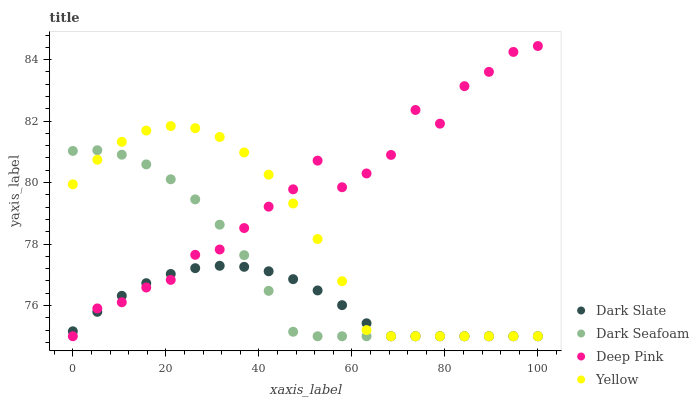
| xaxis_label | Dark Slate | Dark Seafoam | Deep Pink | Yellow |
 | --- | --- | --- | --- | --- |
 | 0 | 75.2 | 81 | 75 | 79.9 |
 | 5.26 | 75.8 | 81.1 | 75.9 | 80.7 |
 | 10.5 | 76.3 | 80.9 | 76.1 | 81.3 |
 | 15.8 | 76.7 | 80.6 | 76.6 | 81.7 |
 | 21.1 | 77 | 80.1 | 76.8 | 81.8 |
 | 26.3 | 77.2 | 79.5 | 77.6 | 81.8 |
 | 31.6 | 77.3 | 78.6 | 77.8 | 81.5 |
 | 36.8 | 77.3 | 77.6 | 78.5 | 81 |
 | 42.1 | 77.1 | 76.5 | 79.2 | 80.3 |
 | 47.4 | 76.9 | 75.1 | 79.8 | 79.3 |
 | 52.6 | 76.5 | 75 | 80.7 | 78.2 |
 | 57.9 | 76 | 75 | 79.8 | 76.8 |
 | 63.2 | 75.4 | 75 | 80.3 | 75.2 |
 | 68.4 | 75 | 75 | 80.9 | 75 |
 | 73.7 | 75 | 75 | 82.4 | 75 |
 | 78.9 | 75 | 75 | 81.9 | 75 |
 | 84.2 | 75 | 75 | 83.1 | 75 |
 | 89.5 | 75 | 75 | 83.6 | 75 |
 | 94.7 | 75 | 75 | 84.3 | 75 |
 | 100 | 75 | 75 | 84.4 | 75 |